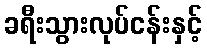
ခရီးသွားလုပ်ငန်းနှင့်